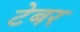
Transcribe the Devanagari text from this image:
टेबर